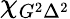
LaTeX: \chi_{G^{2}\Delta^{2}}